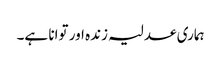
ہماری عدلیہ زندہ اور توانا ہے۔